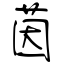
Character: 茵